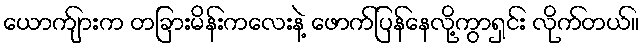
ယောက်ျားက တခြားမိန်းကလေးနဲ့ ဖောက်ပြန်နေလို့ကွာရှင်း လိုက်တယ်။